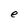
Character: e